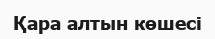
Қара алтын көшесі